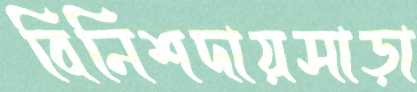
বিনিশদায়সাড়া